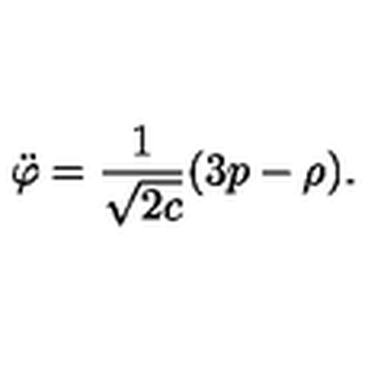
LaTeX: \ddot { \varphi } = \frac { 1 } { \sqrt { 2 c } } ( 3 p - \rho ) .